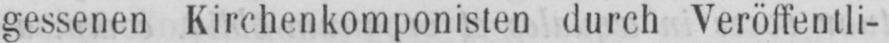
gessenen Kirchenkomponisten durch Veröffentli-